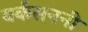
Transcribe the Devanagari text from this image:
बर्कसननी